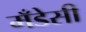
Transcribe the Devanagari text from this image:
मँडेसी